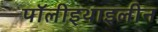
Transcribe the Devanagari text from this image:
पॉलीइथाइलीन